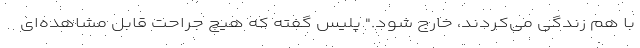
با هم زندگی می‌کردند، خارج شود." پلیس گفته که هیچ جراحت قابل مشاهده‌ای